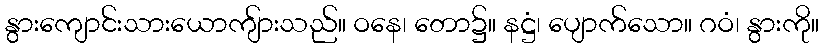
နွားကျောင်းသားယောကျ်ားသည်။ ဝနေ၊ တော၌။ နဋ္ဌံ၊ ပျောက်သော။ ဂဝံ၊ နွားကို။